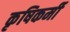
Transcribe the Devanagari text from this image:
कृषिकर्मी